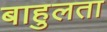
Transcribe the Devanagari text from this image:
बाहुलता